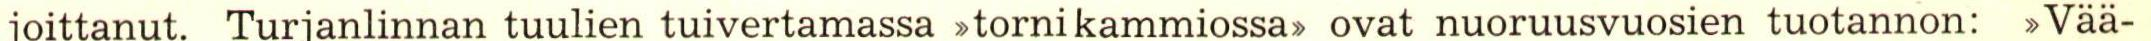
joittanut. Turjanlinnan tuulien tuivertamassa >tornikammiossa> ovat nuoruusvuosien tuotannon: >Vää-